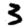
Digit: 3